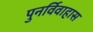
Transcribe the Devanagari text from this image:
पुनर्विवाहास